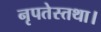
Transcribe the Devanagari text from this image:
नृपतेस्तथा।